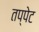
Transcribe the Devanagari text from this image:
तप्पेट